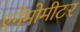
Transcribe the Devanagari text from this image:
एनेमोमीटर